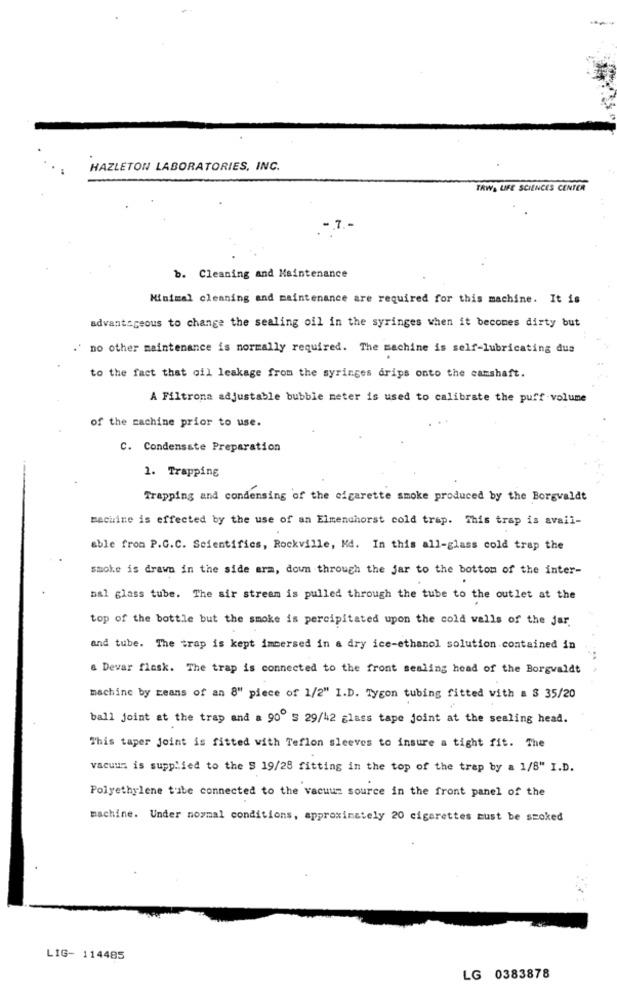
HAZLETON LABORATORIES, INC.
TRWA LIFE SCIENCES CENTER
-. 7 .-
b. Cleaning and Maintenance
Minimal cleaning and maintenance are required for this machine. It is
advantageous to change the sealing oil in the syringes when it becomes dirty but
.' no other maintenance is normally required. The machine is self-lubricating dus
to the fact that oil leakage from the syringes drips onto the camshaft.
A Filtrona adjustable bubble meter is used to calibrate the puff volume
of the machine prior to use.
C. Condensate Preparation
1. Trapping
Trapping and condensing of the cigarette smoke produced by the Borgvaldt
machine is effected by the use of an Elmenchorst cold trap. This trap is avail-
able from P.G.C. Scientifics, Rockville, Md. In this all-glass cold trap the
smoke is drawn in the side arm, down through the jar to the bottom of the inter-
bal glass tube. The sir stream is pulled through the tube to the outlet at the
top of the bottle but the smoke is percipitated upon the cold walls of the jar.
and tube. The trap is kept immersed in a dry ice-ethanol solution contained in
a Devar flask. The trap is connected to the front sealing head of the Borgwaldt
machine by means of an 8" piece of 1/2" I.D. Tygon tubing fitted with a $ 35/20
ball joint at the trap and a 90º S 29/42 glass tape joint at the sealing head.
This taper joint is fitted with Teflon sleeves to insure a tight fit. The
vacuus is supplied to the S 19/28 fitting in the top of the trap by a 1/8" I.D.
Polyethylene tube connected to the vacuum source in the front panel of the
machine. Under normal conditions, approximately 20 cigarettes must be smoked
LIG- 114485
LG 0383878